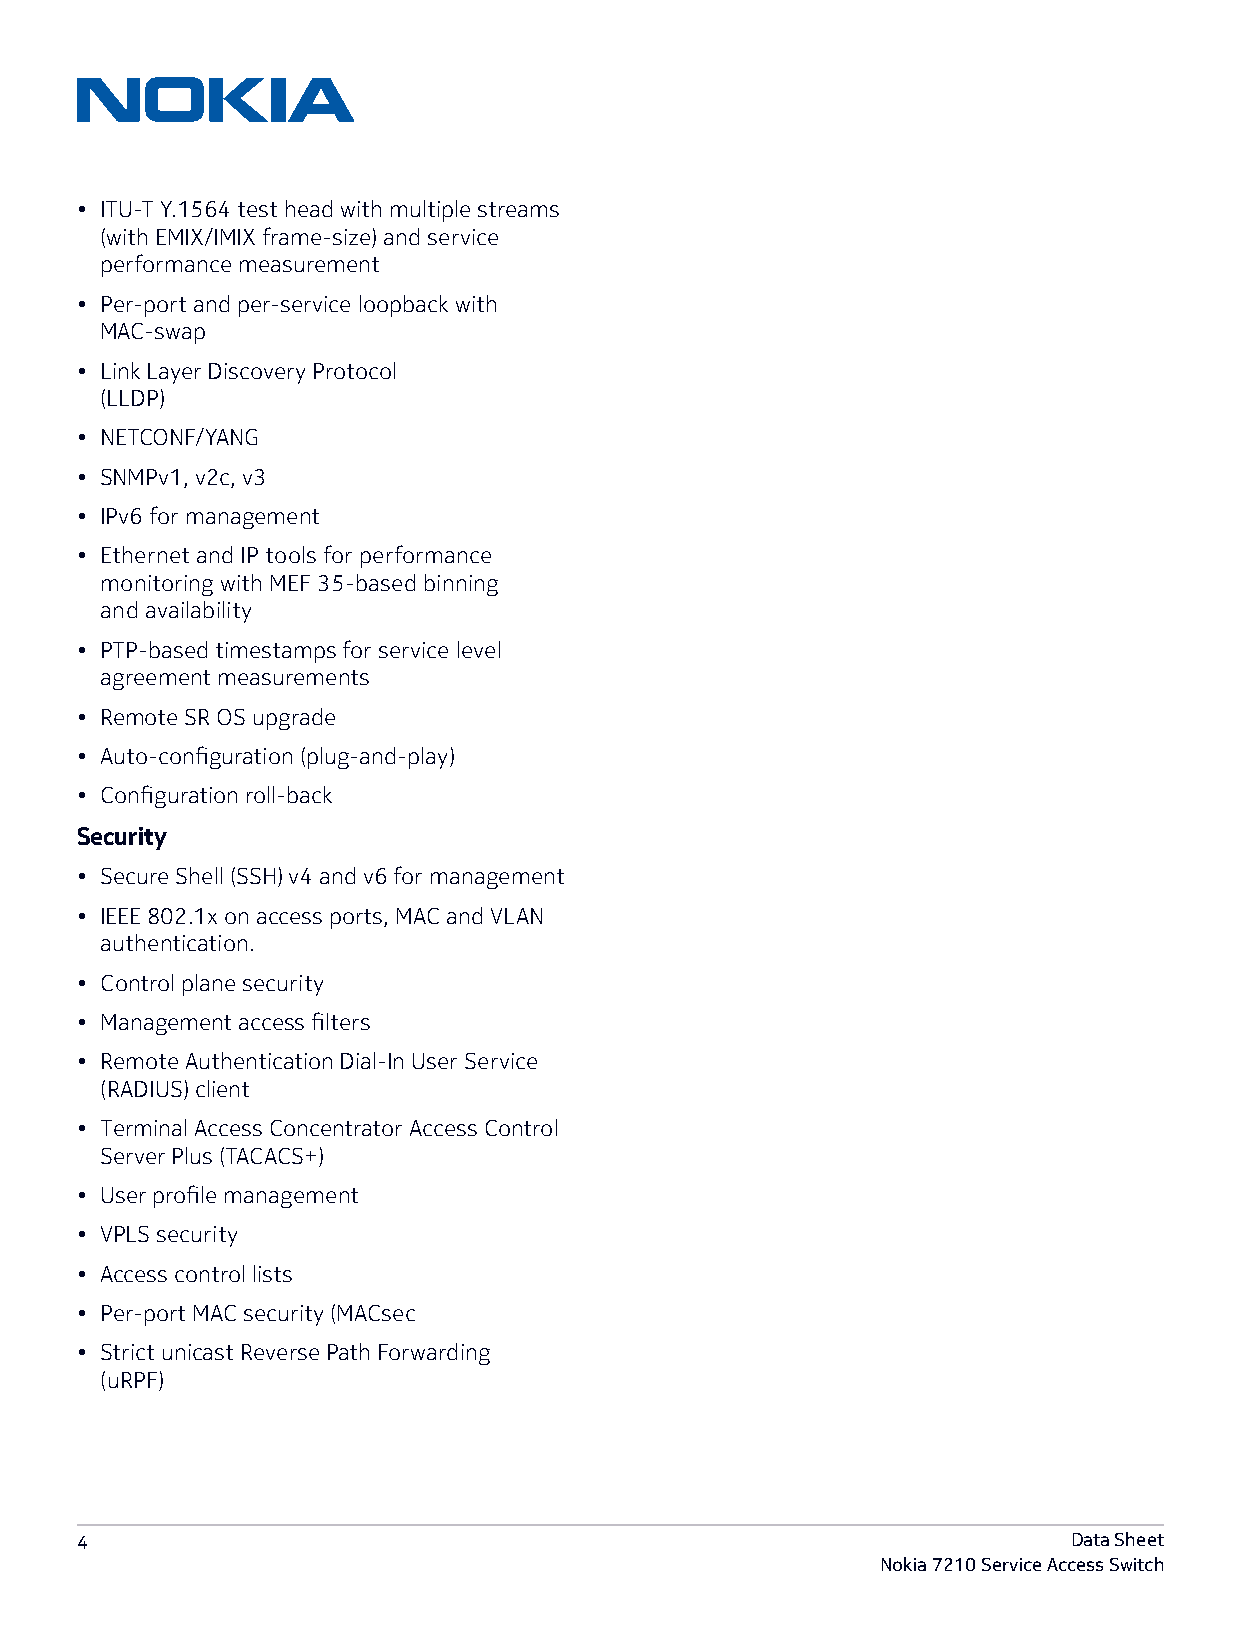
• ITU-T Y.1564 test head with multiple streams
 (with EMIX/IMIX frame-size) and service
 performance measurement
 • Per-port and per-service loopback with
 MAC-swap
 • Link Layer Discovery Protocol
 (LLDP)
 • NETCONF/YANG
 • SNMPv1, v2c, v3
 • IPv6 for management
 • Ethernet and IP tools for performance
 monitoring with MEF 35-based binning
 and availability
 • PTP-based timestamps for service level
 agreement measurements
 • Remote SR OS upgrade
 • Auto-configuration (plug-and-play)
 • Configuration roll-back
 Security
 • Secure Shell (SSH) v4 and v6 for management
 • IEEE 802.1x on access ports, MAC and VLAN
 authentication.
 • Control plane security
 • Management access filters
 • Remote Authentication Dial-In User Service
 (RADIUS) client
 • Terminal Access Concentrator Access Control
 Server Plus (TACACS+)
 • User profile management
 • VPLS security
 • Access control lists
 • Per-port MAC security (MACsec
 • Strict unicast Reverse Path Forwarding
 (uRPF)
 4                                                                 Data Sheet
 Nokia 7210 Service Access Switch